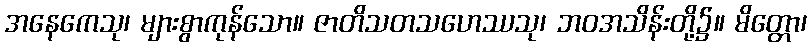
အနေကေသု၊ များစွာကုန်သော။ ဇာတိသတသဟေဿသု၊ ဘဝအသိန်းတို့၌။ မိတ္တော၊